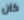
كان